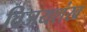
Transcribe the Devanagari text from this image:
विजयशंख